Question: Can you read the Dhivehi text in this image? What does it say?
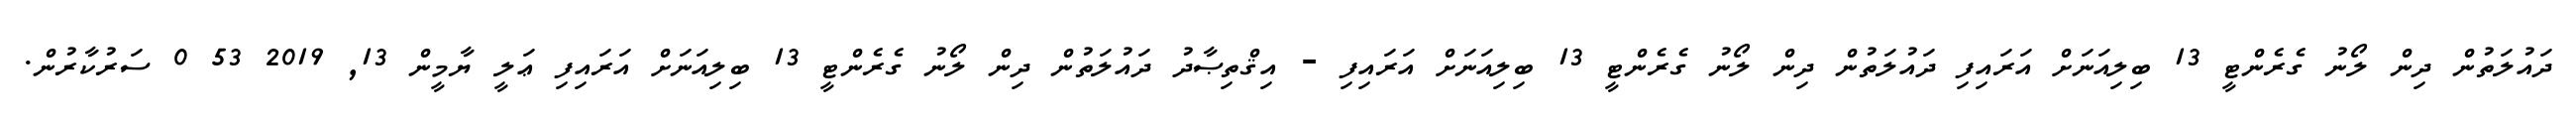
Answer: ދައުލަތުން ދިން ލޯނު ގެރެންޓީ 13 ބިލިއަނަށް އަރައިފި ދައުލަތުން ދިން ލޯނު ގެރެންޓީ 13 ބިލިއަނަށް އަރައިފި - އިޤްތިޞާދު ދައުލަތުން ދިން ލޯނު ގެރެންޓީ 13 ބިލިއަނަށް އަރައިފި ޢަލީ ޔާމީން 13, 2019 53 0 ސަރުކާރުން.